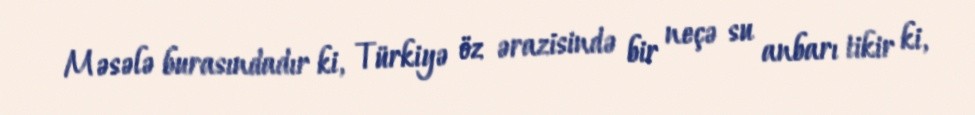
Məsələ burasındadır ki, Türkiyə öz ərazisində bir neçə su anbarı tikir ki,